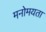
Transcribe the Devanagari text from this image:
मनोमयता